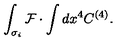
\int _ { \sigma _ { i } } { \cal F } \cdot \int d x ^ { 4 } C ^ { ( 4 ) } .